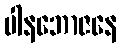
ပါနဘောဇနေ